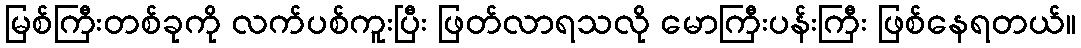
မြစ်ကြီးတစ်ခုကို လက်ပစ်ကူးပြီး ဖြတ်လာရသလို မောကြီးပန်းကြီး ဖြစ်နေရတယ်။